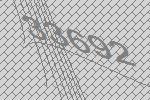
33692